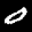
Label: 0